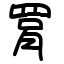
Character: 罥